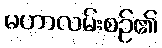
မဟာလမ်းစဉ်၏